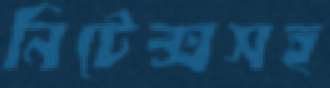
নিটেক্সসহ